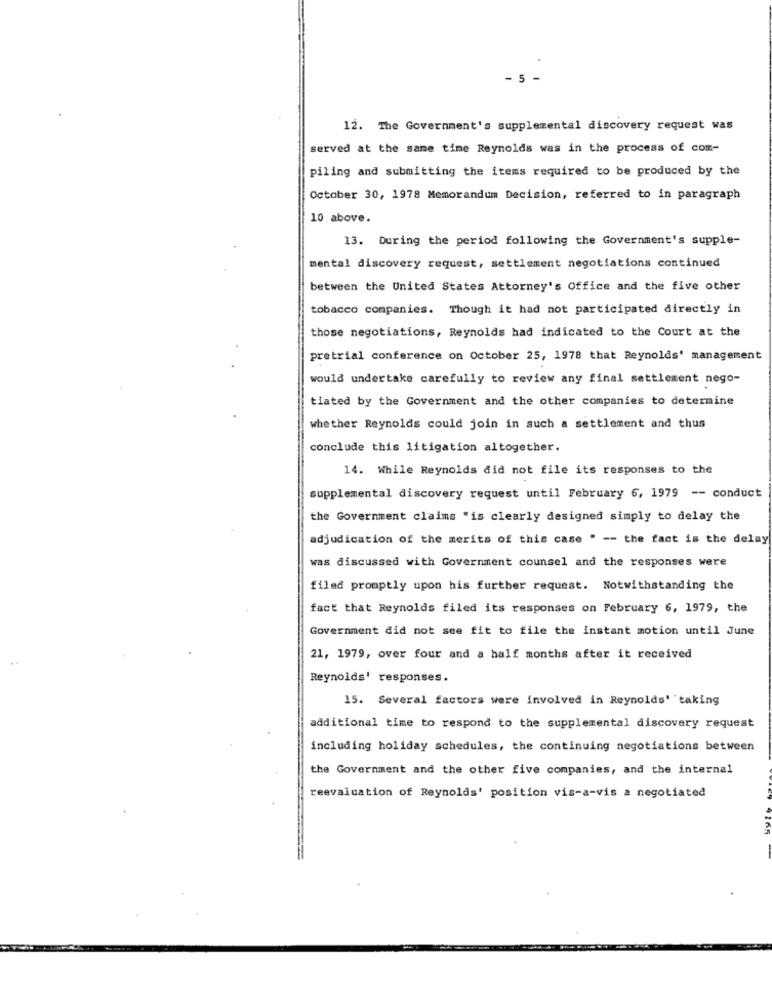
- 5
12. The Government's supplemental discovery request was
served at the same time Reynolds was in the process of com-
piling and submitting the items required to be produced by the
October 30, 1978 Memorandum Decision, referred to in paragraph
10 above.
13. During the period following the Government's supple-
mental discovery request, settlement negotiations continued
between the United States Attorney's Office and the five other
tobacco companies. Though it had not participated directly in
those negotiations, Reynolds had indicated to the Court at the
pretrial conference on October 25, 1978 that Reynolds' management
would undertake carefully to review any final settlement nego-
tiated by the Government and the other companies to determine
whether Reynolds could join in such a settlement and thus
conclude this litigation altogether.
14. While Reynolds did not file its responses to the
supplemental discovery request until February 6, 1979 -- conduct
the Government claims "is clearly designed simply to delay the
adjudication of the merits of this case " -- the fact is the delay
was discussed with Government counsel and the responses were
filed promptly upon his further request. Notwithstanding the
fact that Reynolds filed its responses on February 6, 1979, the
Government did not see fit to file the instant motion until June
21, 1979, over four and a half months after it received
Reynolds' responses.
15. Several factors were involved in Reynolds' taking
additional time to respond to the supplemental discovery request
including holiday schedules, the continuing negotiations between
the Government and the other five companies, and the internal
reevaluation of Reynolds' position vis-a-vis a negotiated